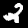
Label: 2